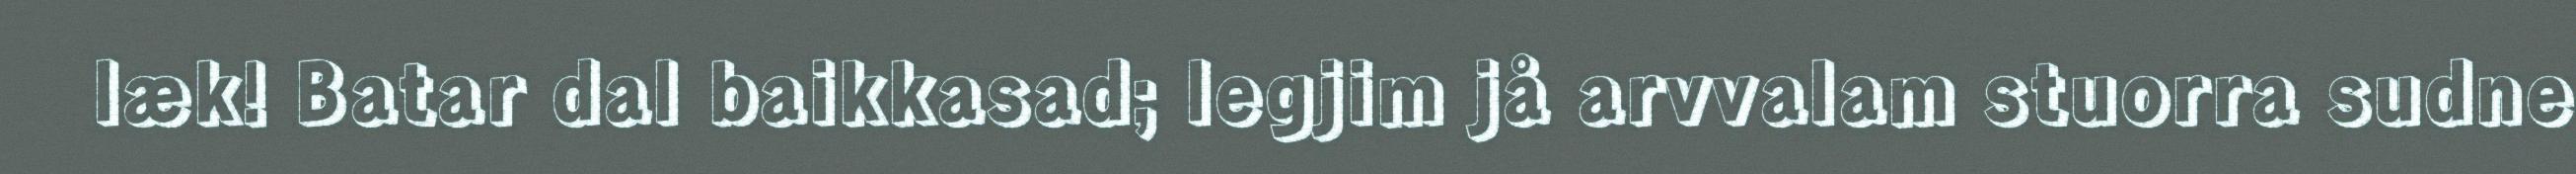
læk! Batar dal baikkasad; legjim jå arvvalam stuorra sudne